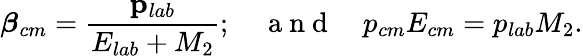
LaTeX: \boldsymbol{\beta}_{cm}=\frac{\mathbf{p}_{lab}}{E_{lab}+M_{2}};\quad\mathrm{~a~n~d~}\quad p_{cm}E_{cm}=p_{lab}M_{2}.